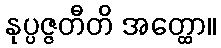
နုပ္ပဇ္ဇတီတိ အတ္ထော။